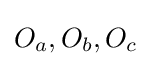
O_{a},O_{b},O_{c}